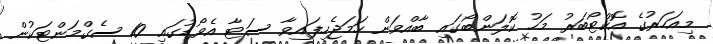
މިއަހަރުގެ އޮކްޓޯބަރު މަހު ކޮލަންބޯގައި ބާއްވަން ހަމަޖެހިފައިވާ ސަޓާ އެވޯޑުގައި 10 ސެގްމަންޓަކުން